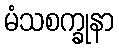
မံသစက္ခုနာ